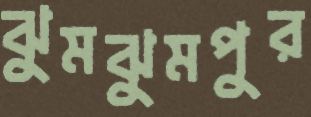
ঝুমঝুমপুর